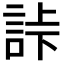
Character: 𧧎